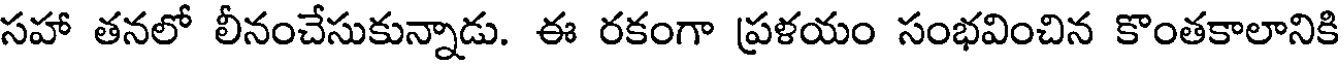
సహా తనలో లీనంచేసుకున్నాడు. ఈ రకంగా ప్రళయం సంభవించిన కొంతకాలానికి